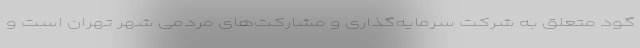
گود متعلق به شرکت سرمایه‌گذاری و مشارکت‌های مردمی شهر تهران است و